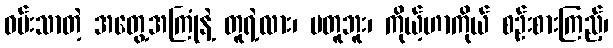
ဝမ်းသာတဲ့ အတွေ့အကြုံနဲ့ တူရဲ့လား၊ မတူဘူး၊ ကိုယ့်ဟာကိုယ် စဉ်းစားကြည့်၊